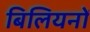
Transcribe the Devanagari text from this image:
बिलियनों